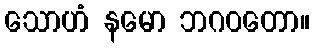
သောဟံ နမော ဘဂဝတော။